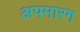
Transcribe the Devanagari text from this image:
अपमारग